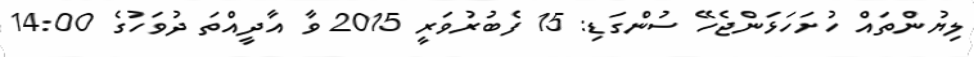
ލިޔުންތައް ހުށަހަޅަންޖެހޭ ސުންގަޑި: 15 ފެބުރުވަރީ 2015 ވާ އާދީއްތަ ދުވަހުގެ 14:00